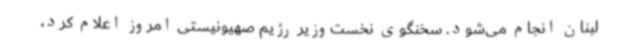
لبنان انجام می‌شود. سخنگوی نخست‌وزیر رژیم صهیونیستی امروز اعلام کرد،